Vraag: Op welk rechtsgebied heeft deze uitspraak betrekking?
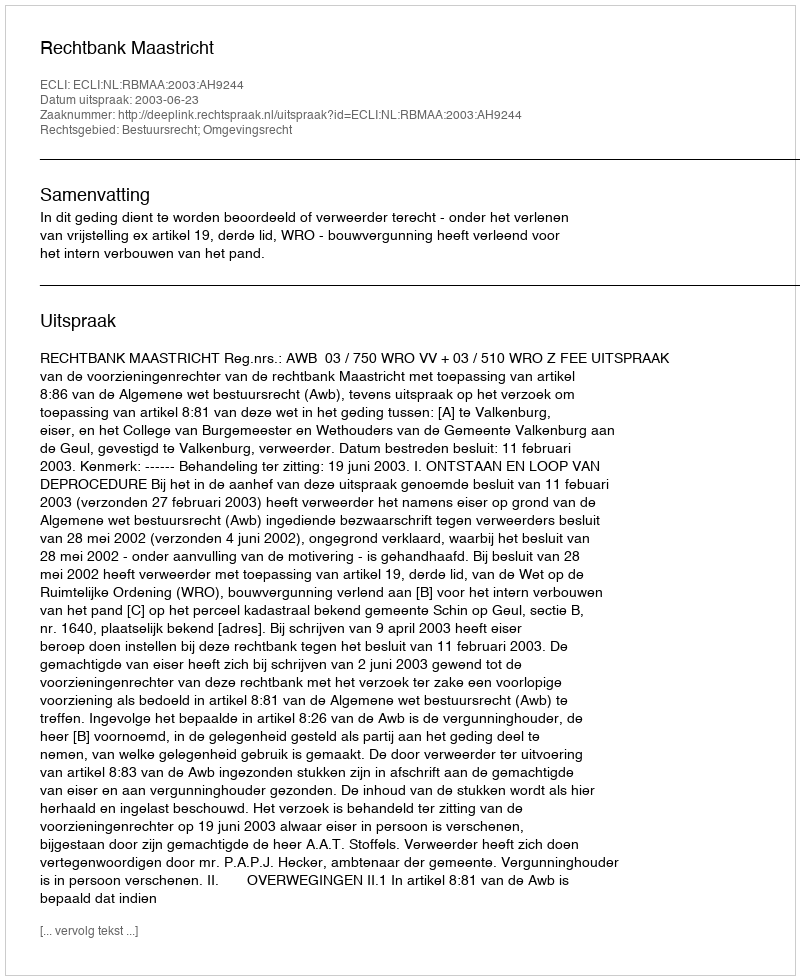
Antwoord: Bestuursrecht; Omgevingsrecht